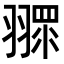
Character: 𦑶